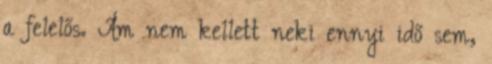
a felelős. Ám nem kellett neki ennyi idő sem,